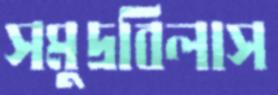
সমুদ্রবিলাস